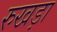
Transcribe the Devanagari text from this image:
रुखड़ा